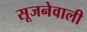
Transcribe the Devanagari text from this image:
सूजनेवाली